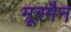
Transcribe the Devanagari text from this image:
मूरमैन